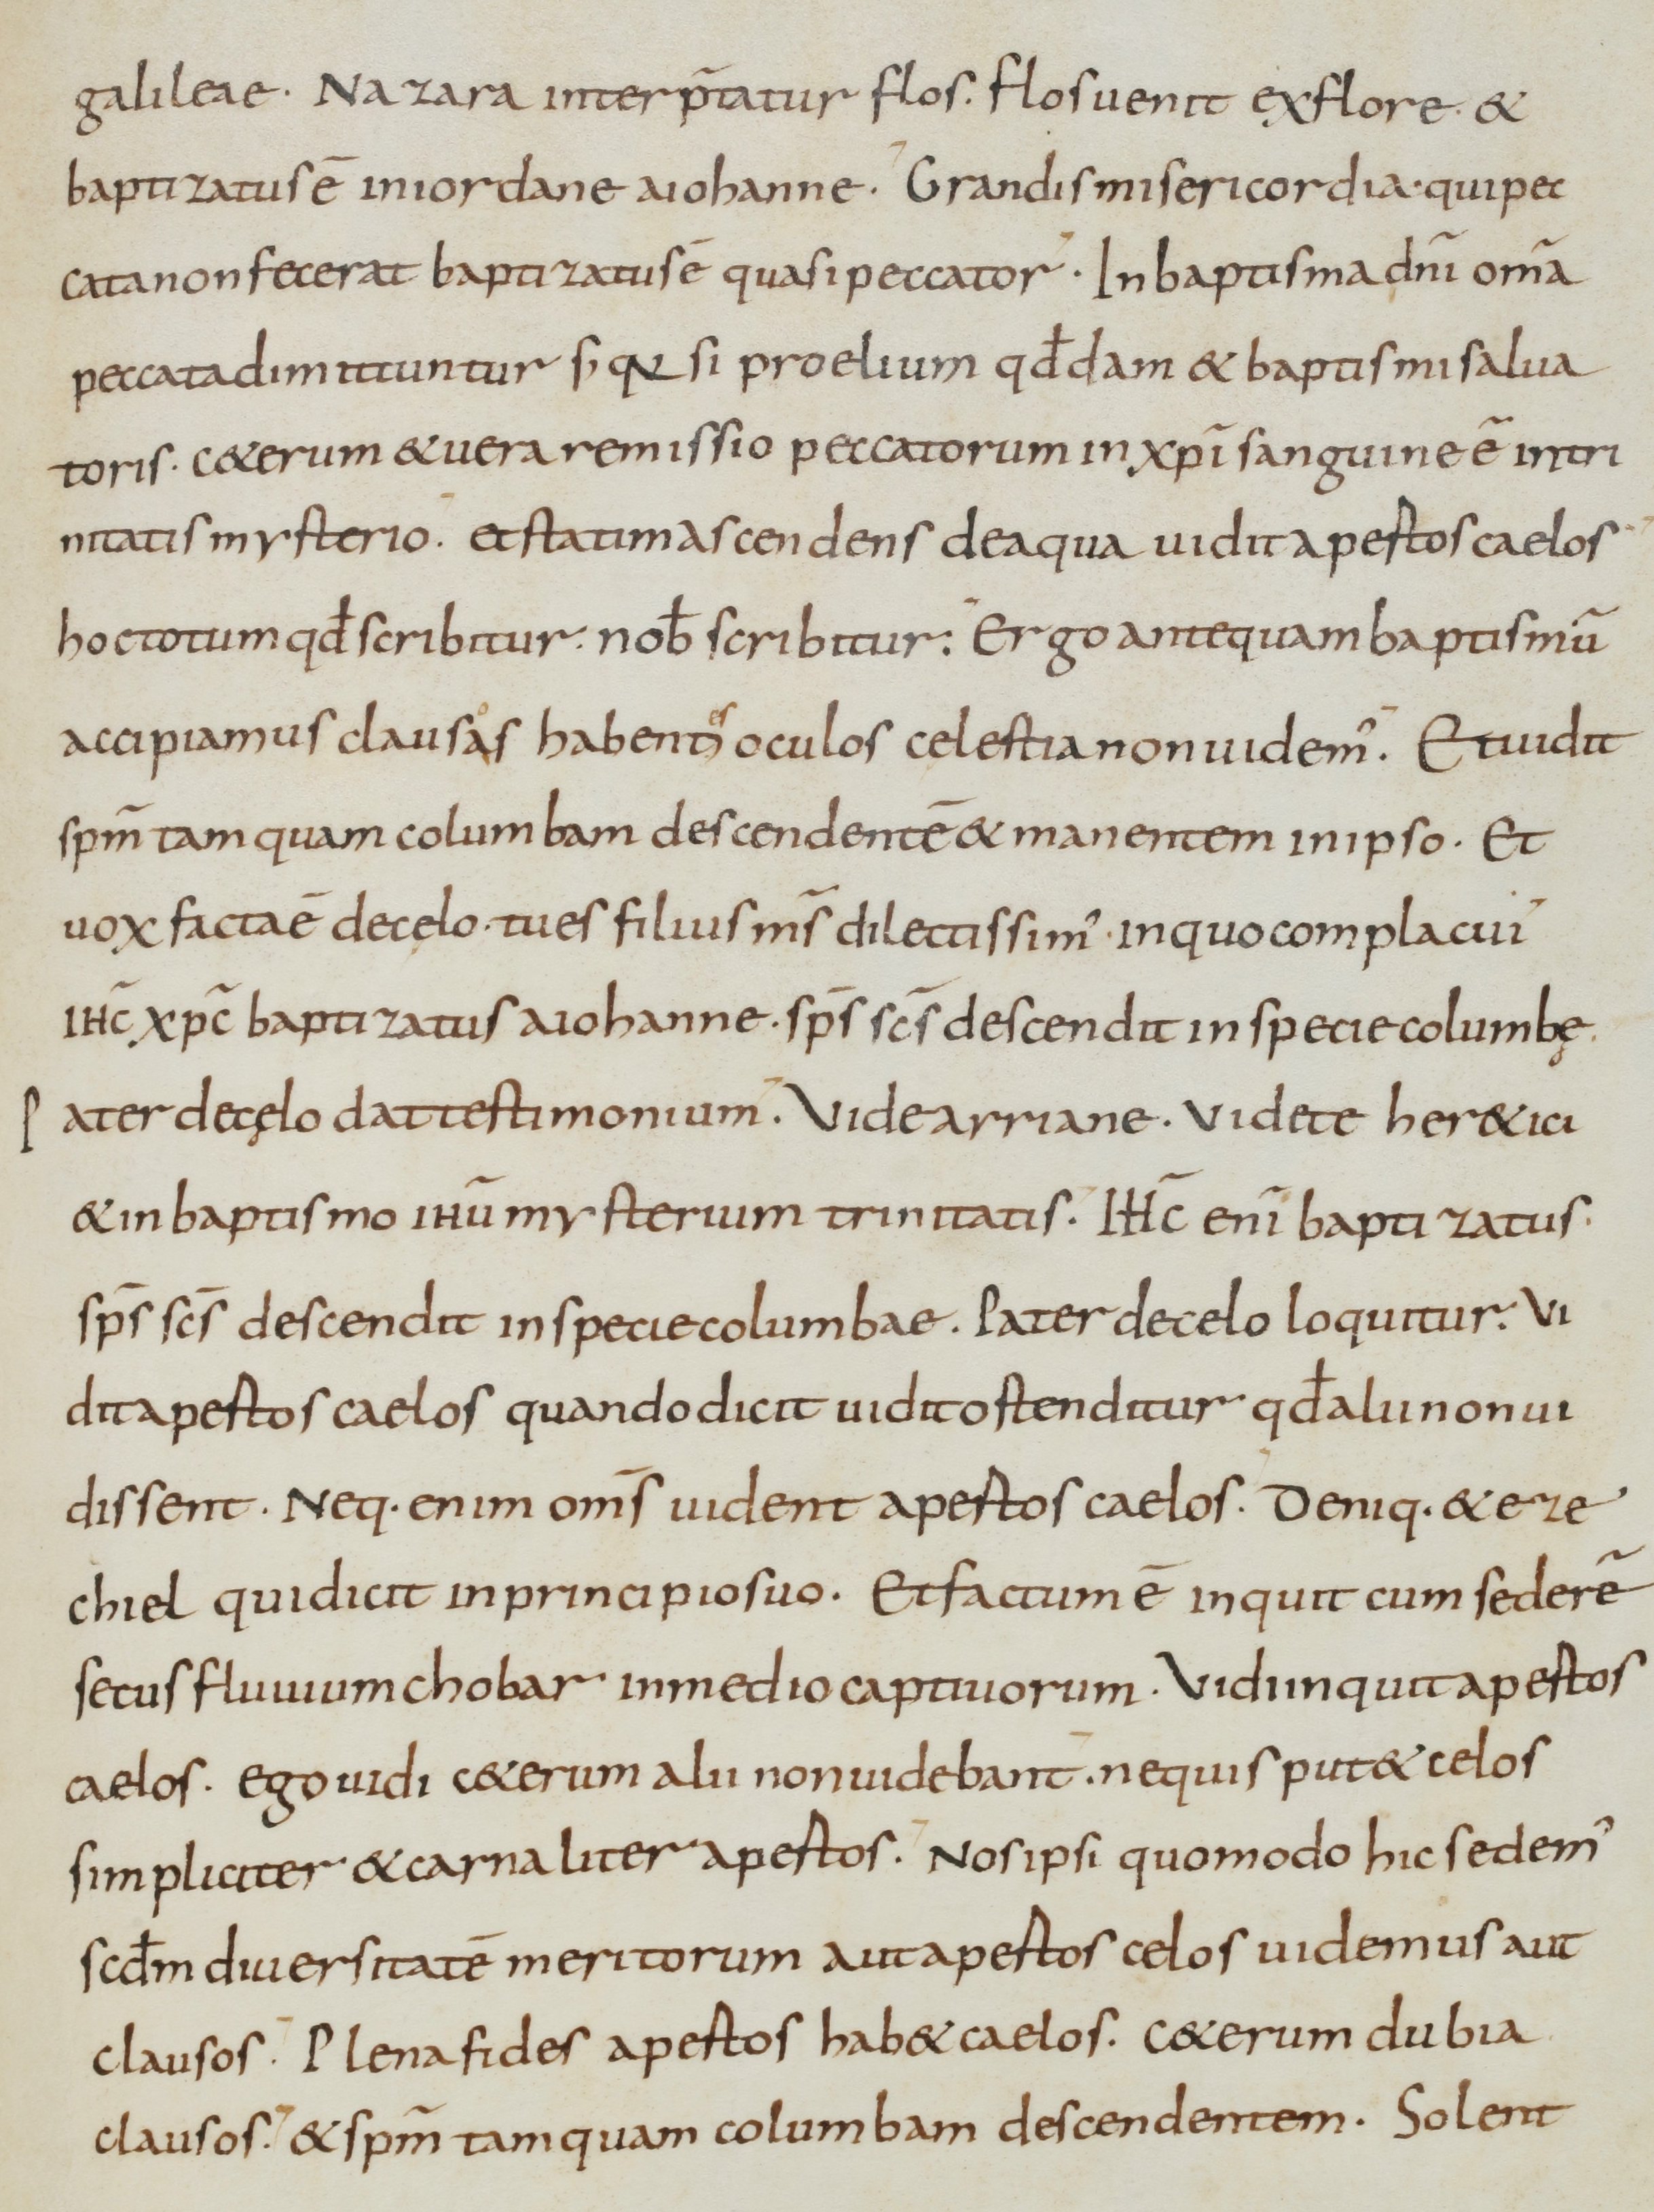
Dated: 800–899